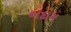
બદામ